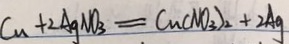
C u + 2 A g N O _ { 3 } = C u ( N O _ { 3 } ) _ { 2 } + 2 A g